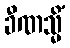
ခီဏသ္မိံ